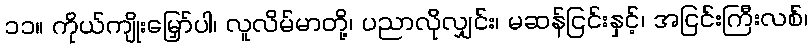
၁၁။ ကိုယ်ကျိုးမြှော်ပါ၊ လူလိမ်မာတို့၊ ပညာလိုလျှင်း၊ မဆန်ငြင်းနှင့်၊ အငြင်းကြီးလစ်၊